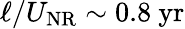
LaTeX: \ell/U_{\mathrm{NR}}\sim 0.8~\mathrm{yr}